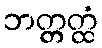
ဘတ္တတ္ထံ